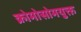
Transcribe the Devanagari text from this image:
क्रोमोसोमयुक्त